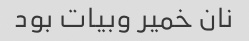
نان خمیر وبیات بود